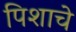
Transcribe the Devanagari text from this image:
पिशाचे